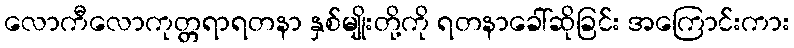
လောကီလောကုတ္တရာရတနာ နှစ်မျိုးတို့ကို ရတနာခေါ်ဆိုခြင်း အကြောင်းကား